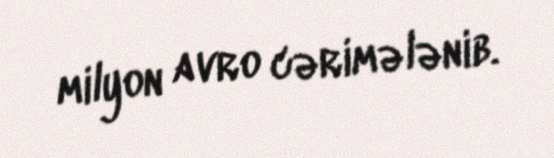
milyon avro cərimələnib.